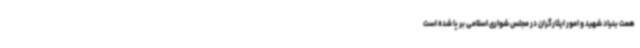
همت بنیاد شهید و امور ایثارگران در مجلس شواری اسلامی بر پا شده است